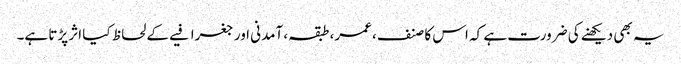
یہ بھی دیکھنے کی ضرورت ہے کہ اس کا صنف، عمر، طبقہ، آمدنی اور جغرافیے کے لحاظ کیا اثر پڑتا ہے۔